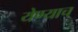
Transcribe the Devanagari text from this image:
येण्याच